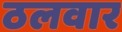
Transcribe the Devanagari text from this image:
ठलवार